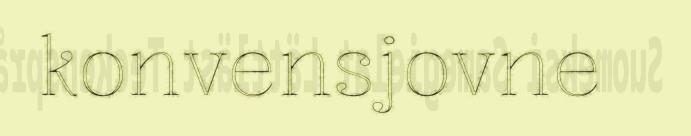
konvensjovne